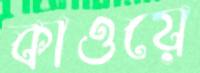
কাওয়ে